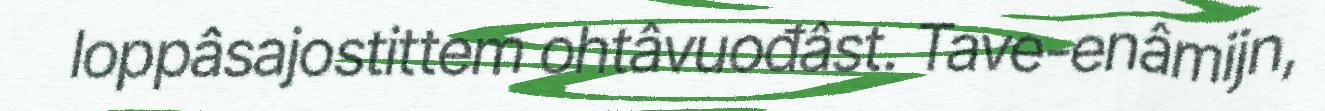
loppâsajostittem ohtâvuođâst. Tave-enâmijn,